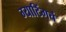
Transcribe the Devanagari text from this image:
ग्याटिंगचं